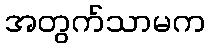
အတွက်သာမက